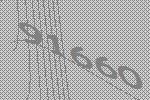
91660